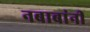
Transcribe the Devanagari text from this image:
नबाबांनी